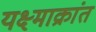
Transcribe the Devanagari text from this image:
यक्ष्माक्रांत